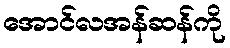
အောင်လအန်ဆန်ကို